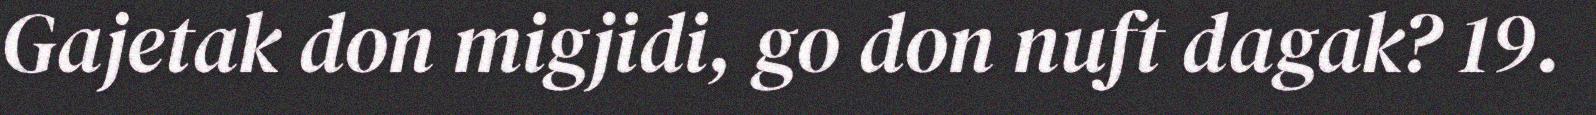
Gajetak don migjidi, go don nuft dagak? 19.